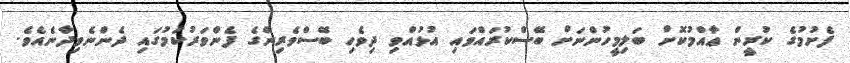
ފެށުމުގެ ކުރީން ޢާއްމުކޮށް ބަލިމީހުންނަށް ބޭސްކުރައްވައި އުޅުއްވި ދިވެހި ބޭސްވެރިންގެ ފެންވަރުކަމުގައި ދެންނެވިދާނެއެވެ.